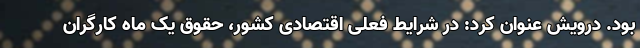
بود. درویش عنوان کرد: در شرایط فعلی اقتصادی کشور، حقوق یک ماه کارگران